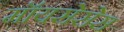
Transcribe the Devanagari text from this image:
मॉयसेसेस